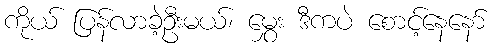
ကိုယ် ပြန်လာခဲ့ဦးမယ်၊ မွှေး ဒီကပဲ စောင့်နေနော်